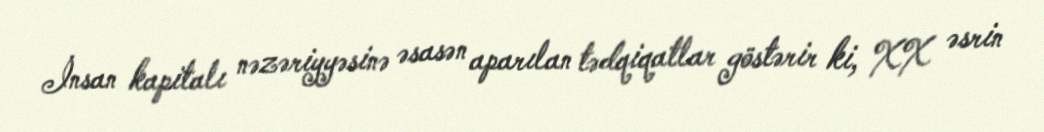
İnsan kapitalı nəzəriyyəsinə əsasən aparılan tədqiqatlar göstərir ki, XX əsrin